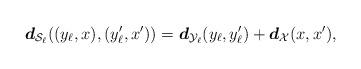
LaTeX: \begin{align*}\boldsymbol{d}_{\mathcal{S}_\ell} ( (y_\ell, x), (y^{\prime}_\ell, x^\prime) ) = \boldsymbol{d}_{\mathcal{Y}_\ell} ( y_\ell,y^{\prime}_\ell ) + \boldsymbol{d}_{\mathcal{X}} ( x, x^{\prime} ),\end{align*}